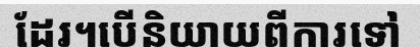
ដែរ។បើនិយាយពីការទៅ